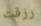
رزقت